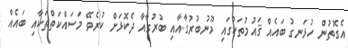
އެގޮތުން ހުޅަނގު ބައެއް ޤައުމުތަކުގައި މޫނުބުރުގާއާއި ބުރުގާއާ ދެކޮޅަށް ކުރެވޭ މަސައްކަތްތަކާއި ބައެއް